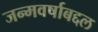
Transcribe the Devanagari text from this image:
जन्मवर्षाबद्दल